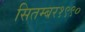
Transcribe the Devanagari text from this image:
सितम्बर१९९०